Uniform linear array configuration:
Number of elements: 32
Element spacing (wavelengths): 1
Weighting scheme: hann
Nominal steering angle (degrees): -15
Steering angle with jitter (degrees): -15.384
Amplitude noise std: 0.05
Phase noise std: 0.05

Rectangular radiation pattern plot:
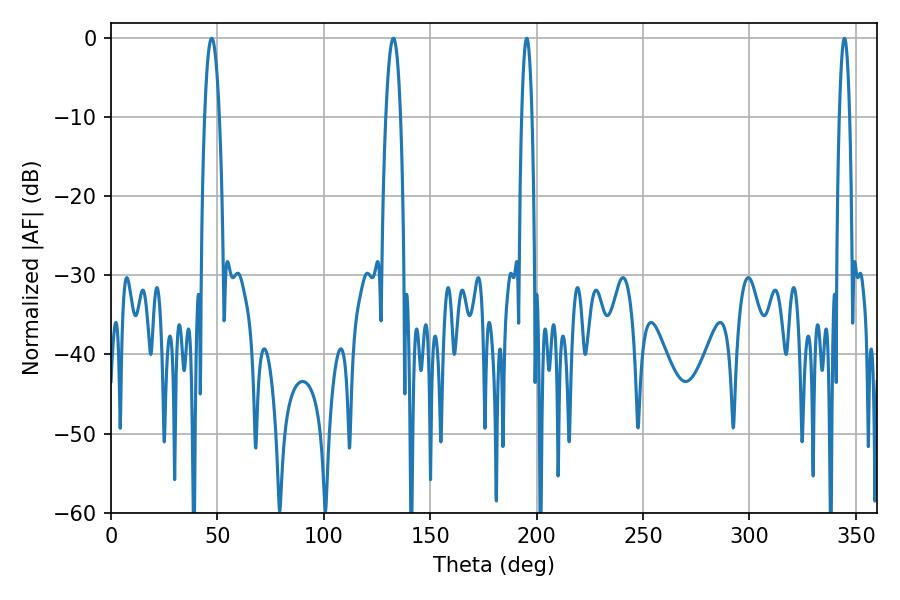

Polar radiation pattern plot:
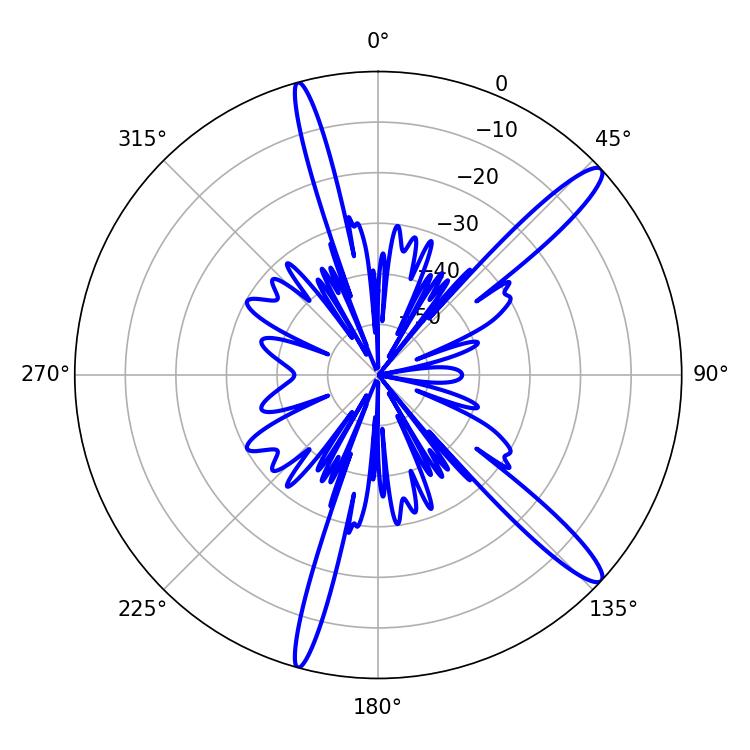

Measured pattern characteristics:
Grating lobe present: TRUE
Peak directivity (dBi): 14.01
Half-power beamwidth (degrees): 3.78
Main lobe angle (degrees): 47.34